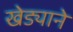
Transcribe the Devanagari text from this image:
खेड्याने